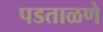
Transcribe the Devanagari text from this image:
पडताळणे